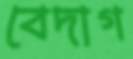
বেদাগ